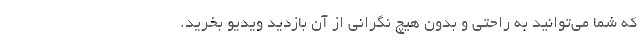
که شما می‌توانید به راحتی و بدون هیچ نگرانی از آن بازدید ویدیو بخرید.